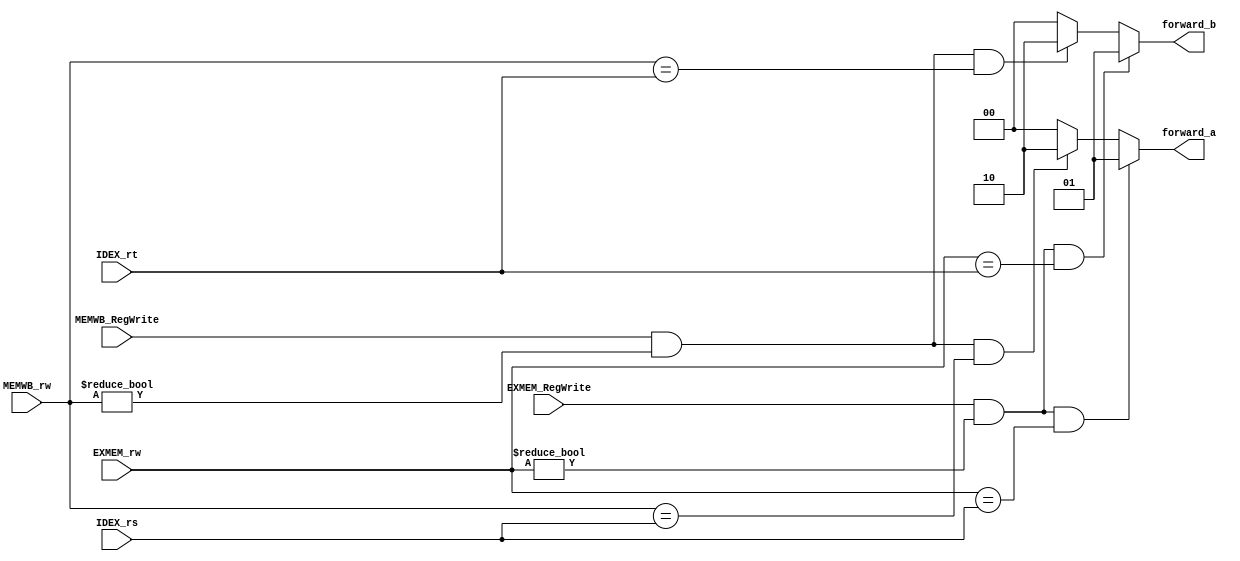
module forward(IDEX_rs,IDEX_rt,EXMEM_rw,EXMEM_RegWrite,MEMWB_rw,MEMWB_RegWrite,forward_a,forward_b);

  input [4:0] IDEX_rs;
  input [4:0] IDEX_rt;
  input [4:0] EXMEM_rw;
  input EXMEM_RegWrite;
  input [4:0] MEMWB_rw;
  input MEMWB_RegWrite;
  output reg [1:0] forward_a;
  output reg [1:0] forward_b;

always@(IDEX_rs,IDEX_rt,EXMEM_rw,EXMEM_RegWrite,MEMWB_rw,MEMWB_RegWrite)
begin  
  if(EXMEM_RegWrite == 1&&EXMEM_rw != 0&&EXMEM_rw == IDEX_rs)
    forward_a = 2'b01;
  else if(MEMWB_RegWrite == 1&&MEMWB_rw != 0&&MEMWB_rw == IDEX_rs)
    forward_a = 2'b10;
  else 
    forward_a = 2'b00;

  if(EXMEM_RegWrite == 1&&EXMEM_rw != 0&&EXMEM_rw == IDEX_rt)
    forward_b = 2'b01;
  else if(MEMWB_RegWrite == 1&&MEMWB_rw != 0&&MEMWB_rw == IDEX_rt)
    forward_b = 2'b10;
  else 
    forward_b = 2'b00;
end

endmodule